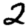
Digit: 2